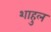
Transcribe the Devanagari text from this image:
शाहुल